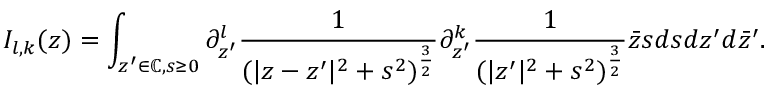
I _ { l , k } ( z ) = \int _ { z ^ { \prime } \in \mathbb { C } , s \geq 0 } \partial _ { z ^ { \prime } } ^ { l } \frac { 1 } { ( | z - z ^ { \prime } | ^ { 2 } + s ^ { 2 } ) ^ { \frac { 3 } { 2 } } } \partial _ { z ^ { \prime } } ^ { k } \frac { 1 } { ( | z ^ { \prime } | ^ { 2 } + s ^ { 2 } ) ^ { \frac { 3 } { 2 } } } \bar { z } s d s d z ^ { \prime } d \bar { z } ^ { \prime } .